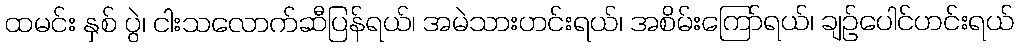
ထမင်း နှစ် ပွဲ၊ ငါးသလောက်ဆီပြန်ရယ်၊ အမဲသားဟင်းရယ်၊ အစိမ်းကြော်ရယ်၊ ချဉ်ပေါင်ဟင်းရယ်